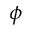
\phi